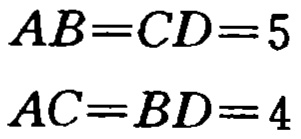
\(AB = CD = 5\)

\(AC = BD = 4\)